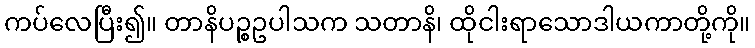
ကပ်လေပြီး၍။ တာနိပဉ္စဥပါသက သတာနိ၊ ထိုငါးရာသောဒါယကာတို့ကို။